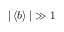
| \left\langle b \right\rangle | \gg 1